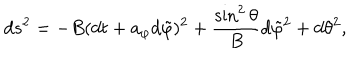
d s ^ { 2 } = - B ( d t + a _ { \varphi } d \tilde { \varphi } ) ^ { 2 } + { \frac { \sin ^ { 2 } \theta } { B } } d \tilde { \varphi } ^ { 2 } + d \theta ^ { 2 } ,